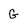
Character: G